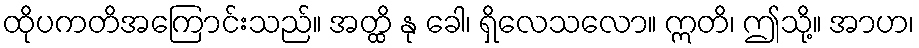
ထိုပကတိအကြောင်းသည်။ အတ္ထိ နု ခေါ၊ ရှိလေသလော။ ဣတိ၊ ဤသို့။ အာဟ၊